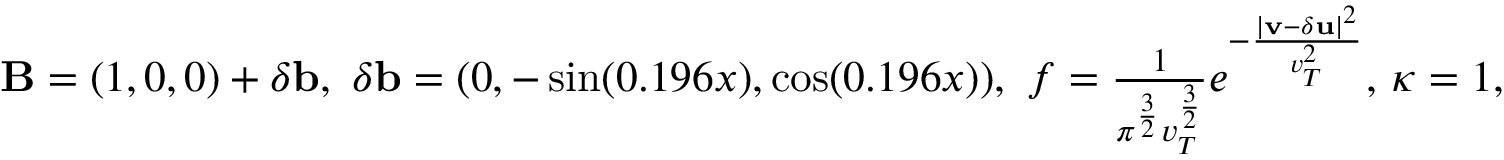
\begin{array} { r l } & { { \mathbf B } = ( 1 , 0 , 0 ) + \delta { \mathbf b } , \ \delta { \mathbf b } = ( 0 , - \sin ( 0 . 1 9 6 x ) , \cos ( 0 . 1 9 6 x ) ) , \ f = \frac { 1 } { \pi ^ { \frac { 3 } { 2 } } v _ { T } ^ { \frac { 3 } { 2 } } } e ^ { - \frac { | { \mathbf v } - \delta { \mathbf u } | ^ { 2 } } { v _ { T } ^ { 2 } } } , \, \kappa = 1 , } \end{array}